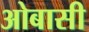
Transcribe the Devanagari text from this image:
ओबासी